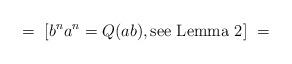
LaTeX: \begin{align*}= \ [ b^na^n = Q (ab), {\hbox{see Lemma 2}}]\ =\end{align*}